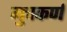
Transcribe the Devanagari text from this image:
मुचकर्ण